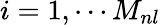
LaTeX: i=1,\cdots M_{nl}